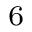
^ { 6 }